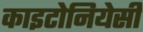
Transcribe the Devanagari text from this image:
काइटोनियेसी